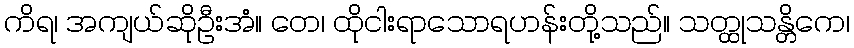
ကိရ၊ အကျယ်ဆိုဦးအံ။ တေ၊ ထိုငါးရာသောရဟန်းတို့သည်။ သတ္ထုသန္တိကေ၊